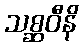
သစ္ဆဝီနိ